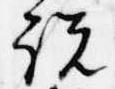
説